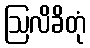
ဩလိခိတုံ